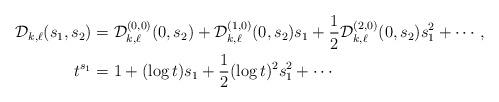
LaTeX: \begin{align*} \mathcal{D}_{k,\ell}(s_1,s_2) & = \mathcal{D}_{k,\ell}^{(0,0)}(0,s_2) + \mathcal{D}_{k,\ell}^{(1,0)}(0,s_2) s_1 + \frac{1}{2} \mathcal{D}_{k,\ell}^{(2,0)}(0,s_2) s_1^2 + \cdots, \\ t^{s_1} & = 1 + (\log t) s_1 + \frac{1}{2} (\log t)^2 s_1^2 + \cdots\end{align*}